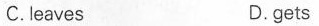
C.leaves D.gets